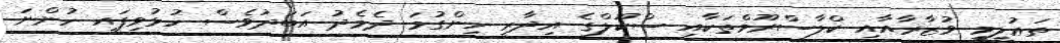
ތަޢުލީމީ ވުޒާރާއާއި ކްލާސްރޫމްތަކާއި ސްކޫލްގެ އިދާރީ ހިންގުމަ ދެމެދު އަބަދުވެސް ހުޅުވިފައި ހުންނަ